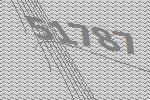
51787